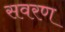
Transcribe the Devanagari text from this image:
सवरण